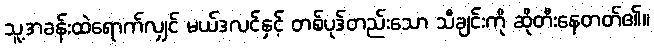
သူ့အခန်းထဲရောက်လျှင် မယ်ဒလင်နှင့် တစ်ပုဒ်တည်းသော သီချင်းကို ဆိုတီးနေတတ်၏။